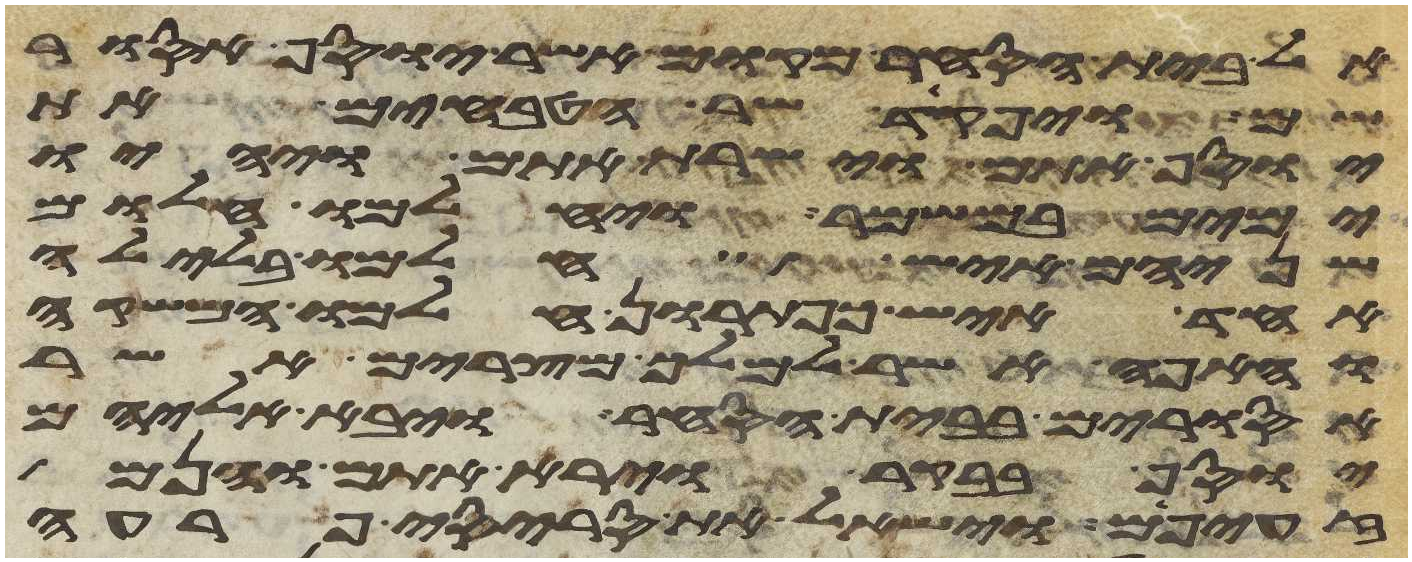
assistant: אל בית הסחר מקום אשר יוסף אסור
ויפקד שר הטבחים את
יוסף אתם וישרת אתם ויהיו
ימים במשמר ויחלמו חלום
שניהם איש חלמו בלילה
אחד איש כפתרון חלמו המשקה
והאפה אשר למלך מצרים אשר
אסורים בבית הסחר ויבא אליהם
יוסף בבקר וירא אתם והנם
זעפים וישאל את סריסי פרעה